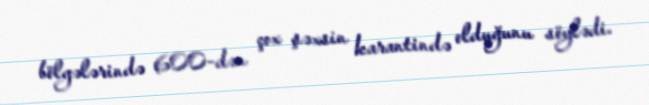
bölgələrində 600-dən çox şəxsin karantində olduğunu söylədi.